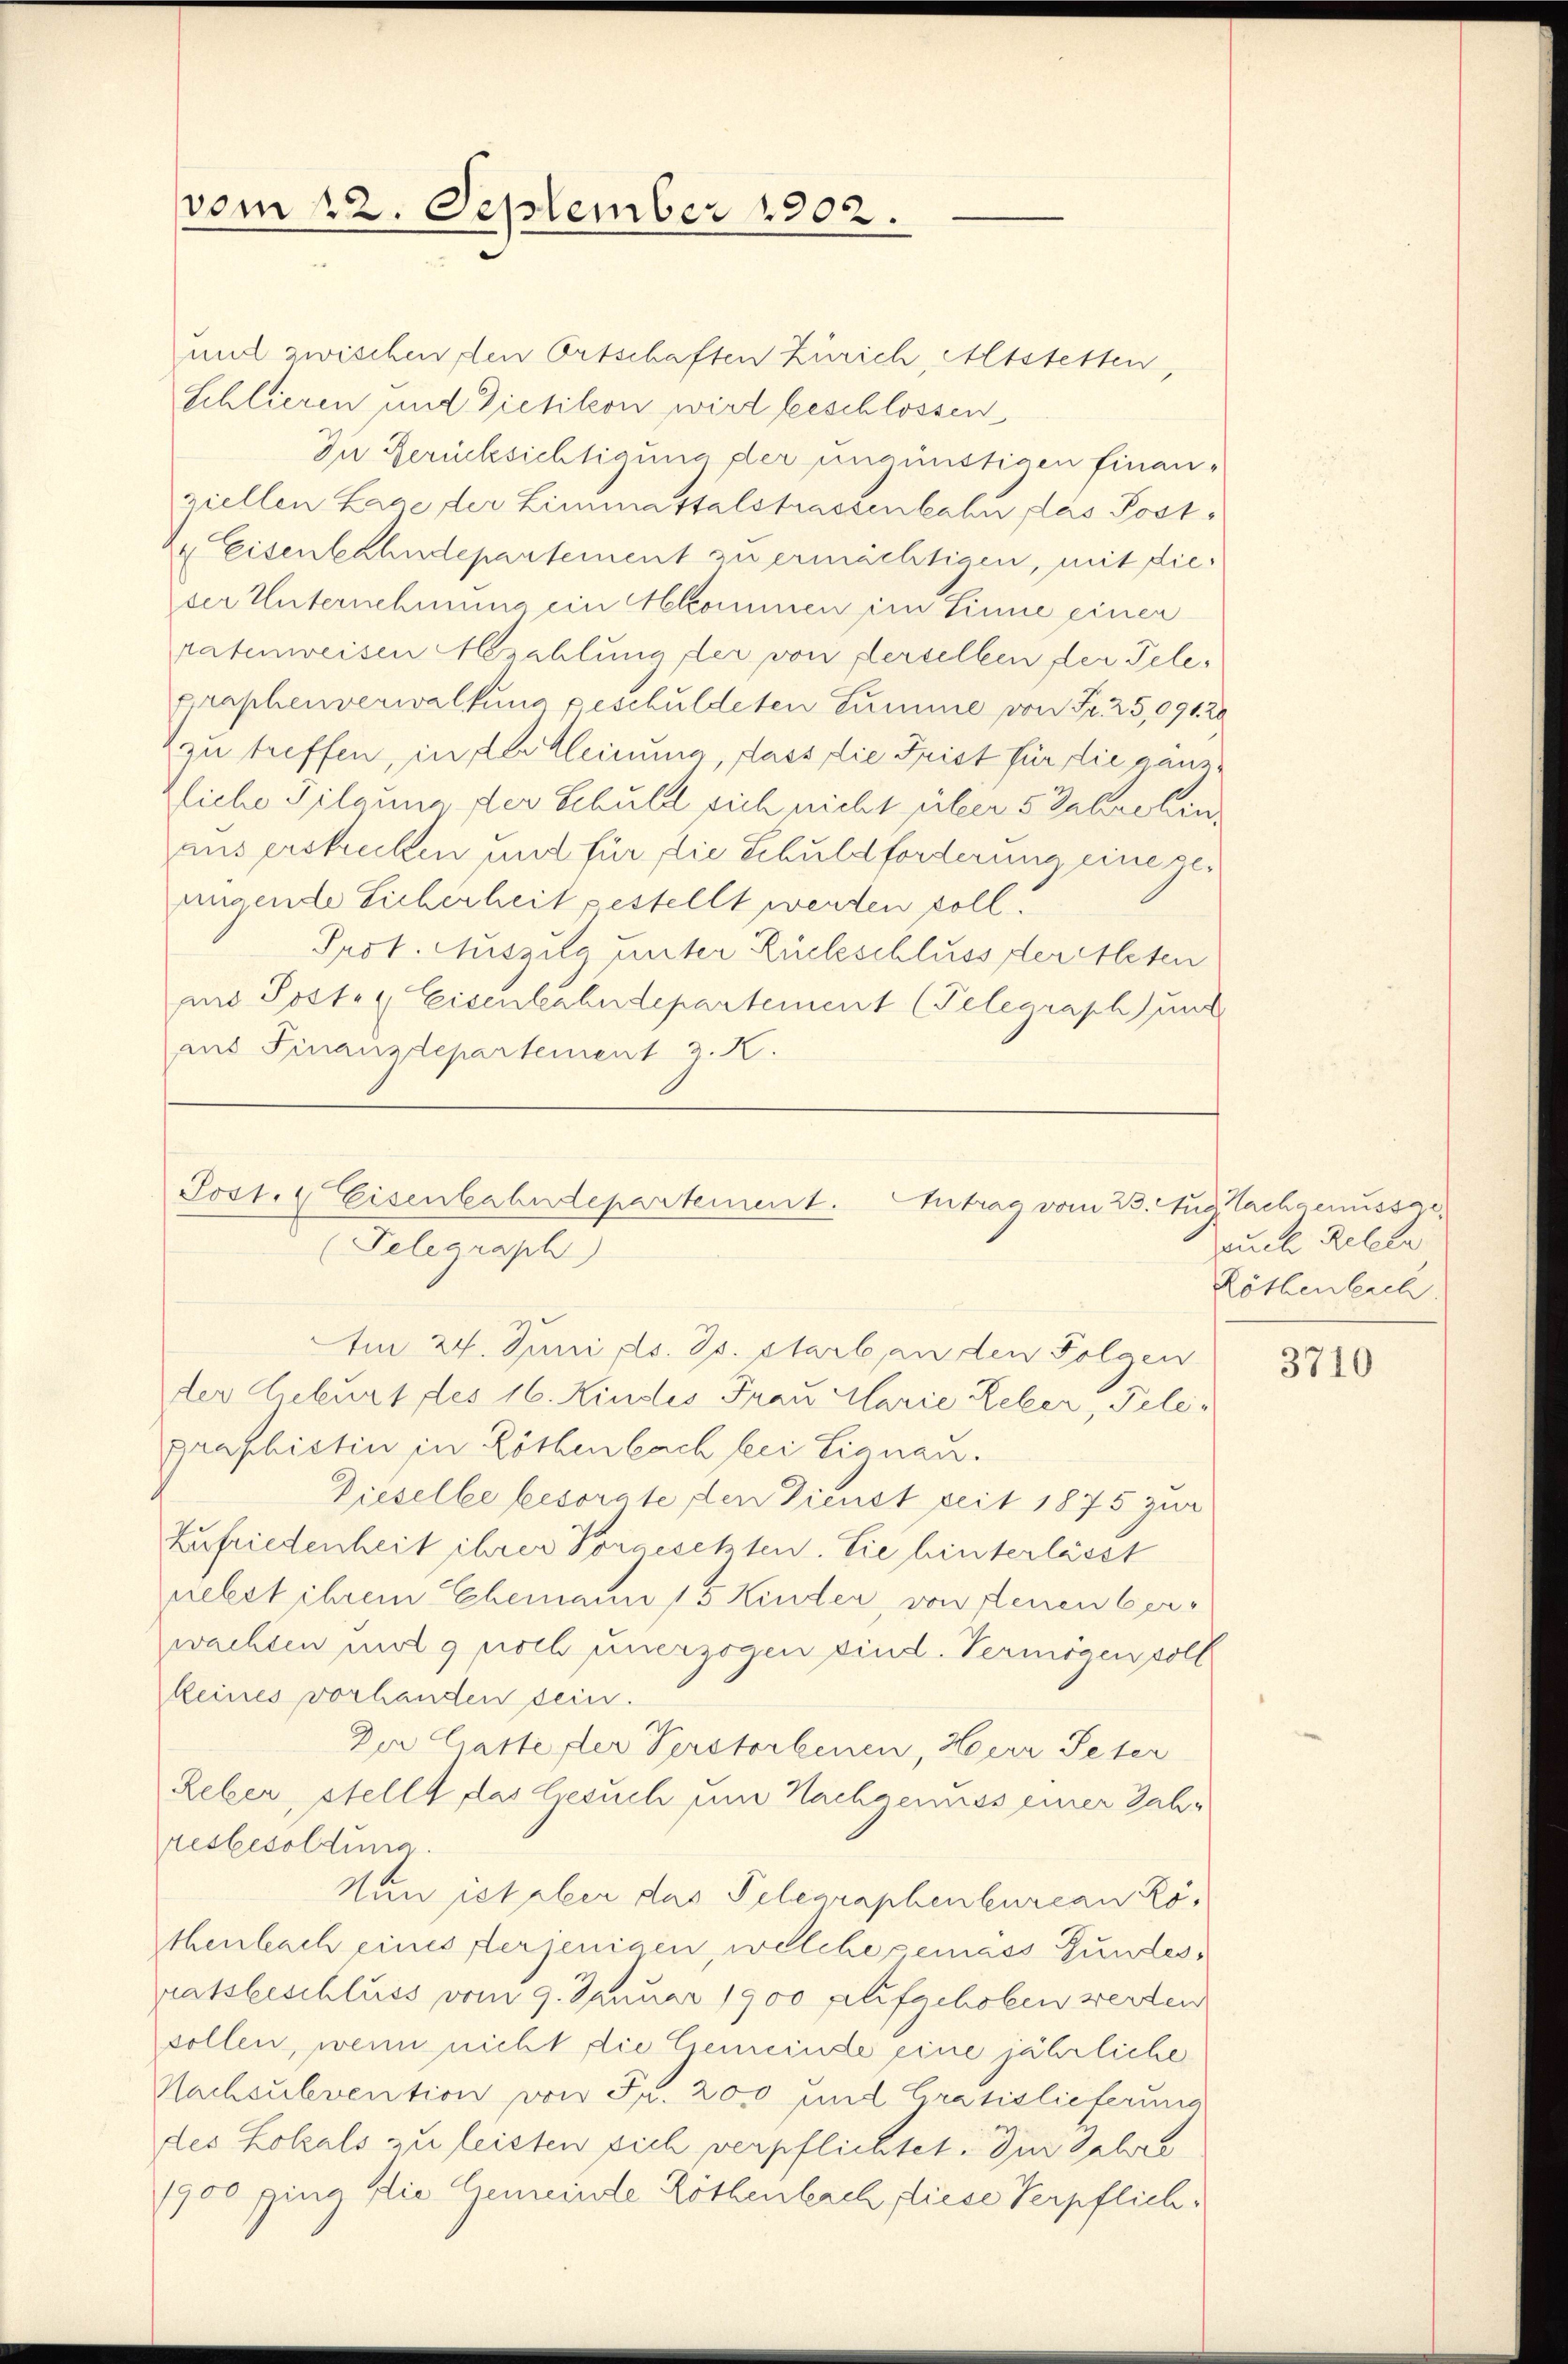
vom 22. September 1902.

und zwischen den Ortschaften Zürich, Altstetten,
Schlieren und Dietikon wird beschlossen
Die Berücksichtigung der ungünstigen finanziellen Lage der Limmattalstrassenbahn das Postx Eisenbahndepartement zu ermächtigen, mit dieser Unternehmung ein kommen im Sinne einer
ratenweisen zahlung der von derselben der Telegraphenverwaltung geschuldeten Summe von Fr. 25,09120
2 zu treffen, in der Kleinung, dass die Frist für die gänzzliebe Tilgung der Schuld sich nicht über 5 Jahre linaus ersteckten und für die Schuldforderung eine genngende Sicherheit gestellt werden soll.
Prot. Auszug unter Rückschlussseretteten
mn Posten Eisenbahndepartement (Telegraph) und
aus Finanzdepartement z. K.

Post. Eisenbahndepartement. Antrag vom 23. Aug. Nachgenusser¬
Felegraph
Am 24. Juni d. Js. starb an den Folgen

der Geburt des 16. Kindes Frau Clarie Leber, Telegraphistin in Zöthenbach bei Eignau.
Dieselbe besorgte den Dienst seit 1875 zur
Zufriedenheit ihrer Vorgesetzten. Sie hinterlässt
relet ihrem Ehemann 15 Kinder, von denen berwachten und 9 noth unerzogen sind. Vermögen soll
keines vorhanden sein.
Der Gatte, der Verstorbenen, Herr Peter
Reber, stellt das Gesuch um Nachgenuss einer Jahr
resbesoldung.
Nun ist aber das Pelegraphenbureau Röthenbach eines derjenigen, welche gemäss Gundesratsbeschluss vom 9. Januar 1900 plifgehoben werden
sollen, wenn nicht die Gemeinde eine jährliche
Nachsubvention von Fr. 200 und Grasislicherung
des Holzals zu leisten sich verpflichtet. Der Jahre
1900 ging die Gemeinde Röthenbach, fliese Verpflich¬

auch Relern
Röthenlich.

3710